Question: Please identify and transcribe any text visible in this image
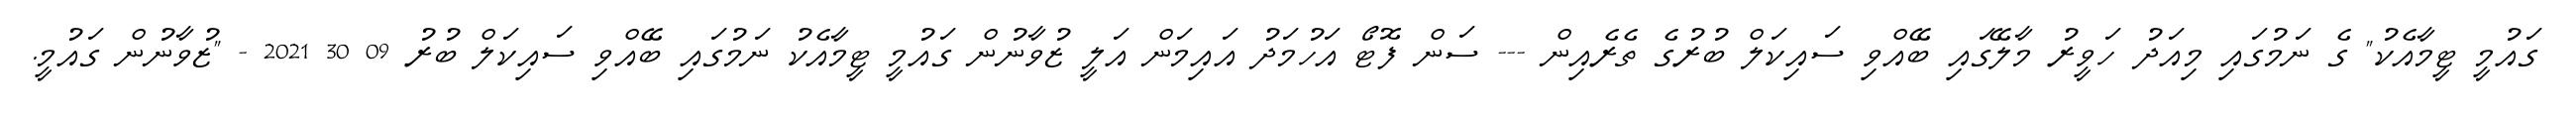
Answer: ގައުމީ ޓީމާއެކު" ގެ ނަމުގައި މިއަދު ހަވީރު މާލޭގައި ބޭއްވި ސައިކަލް ބުރުގެ ތެރެއިން --- ސަން ފޮޓޯ އަހުމަދު އައިމަން އަލީ ޒުވާނުން ގައުމީ ޓީމާއެކު ނަމުގައި ބޭއްވި ސައިކަލް ބުރު 09 30 2021 - "ޒުވާނުން ގައުމީ.